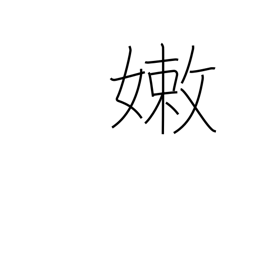
Meaning: weak